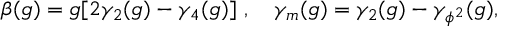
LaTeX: \beta ( g ) = g [ 2 \gamma _ { 2 } ( g ) - \gamma _ { 4 } ( g ) ] \ , ~ ~ ~ \gamma _ { m } ( g ) = \gamma _ { 2 } ( g ) - \gamma _ { \phi ^ { 2 } } ( g ) ,